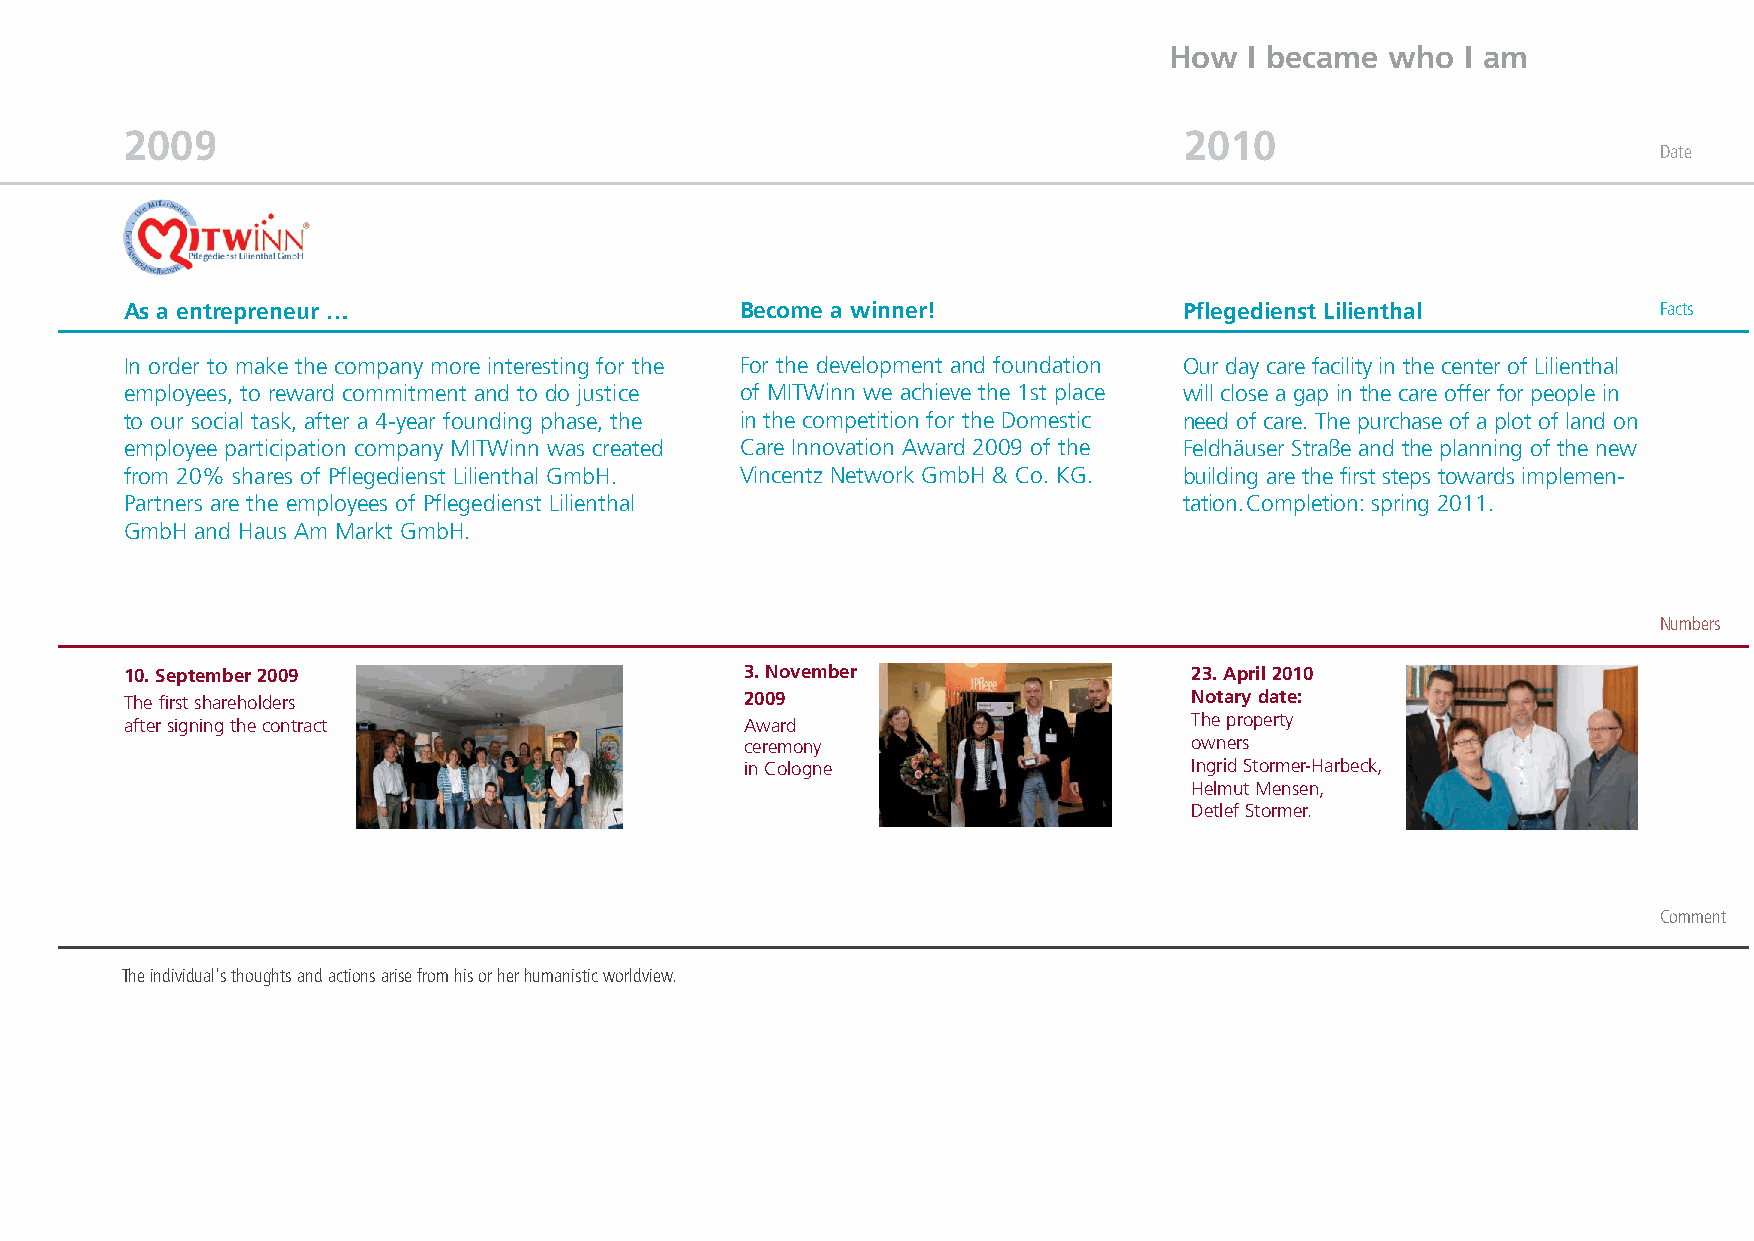
How   I became who  I am
 2009                                                                  2010
 Date
 As a entrepreneur …                      Become a winner!             Pflegedienst Lilienthal         Facts
 In order to make the company more interesting for the For the development and foundation Our day care facility in the center of Lilienthal
 employees, to reward commitment and to do justice of MITWinn we achieve the 1st place will close a gap in the care offer for people in
 to our social task, after a 4-year founding phase, the in the competition for the Domestic need of care. The purchase of a plot of land on
 employee participation company MITWinn was created Care Innovation Award 2009 of the Feldhäuser Straße and the planning of the new
 from 20% shares of Pflegedienst Lilienthal GmbH. Vincentz Network GmbH & Co. KG. building are the first steps towards implemen-
 Partners are the employees of Pflegedienst Lilienthal                 tation. Completion: spring 2011.
 GmbH and Haus Am Markt GmbH.
 Numbers
 10. September 2009                       3. November                   23. April 2010
 The first shareholders                   2009                          Notary date:
 after signing the contract               Award                         The property
 ceremony                      owners
 in Cologne                    Ingrid Stormer-Harbeck,
 Helmut Mensen,
 Detlef Stormer.
 Comment
 The individual's thoughts and actions arise from his or her humanistic worldview.